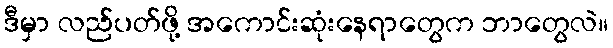
ဒီမှာ လည်ပတ်ဖို့ အကောင်းဆုံးနေရာတွေက ဘာတွေလဲ။